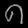
Digit: ၈